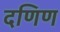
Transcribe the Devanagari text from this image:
दणिण